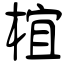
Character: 椬